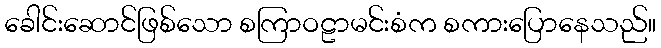
ခေါင်းဆောင်ဖြစ်သော စကြာဝဠာမင်းစံက စကားပြောနေသည်။